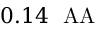
0 . 1 4 ~ \mathrm { \ A A }